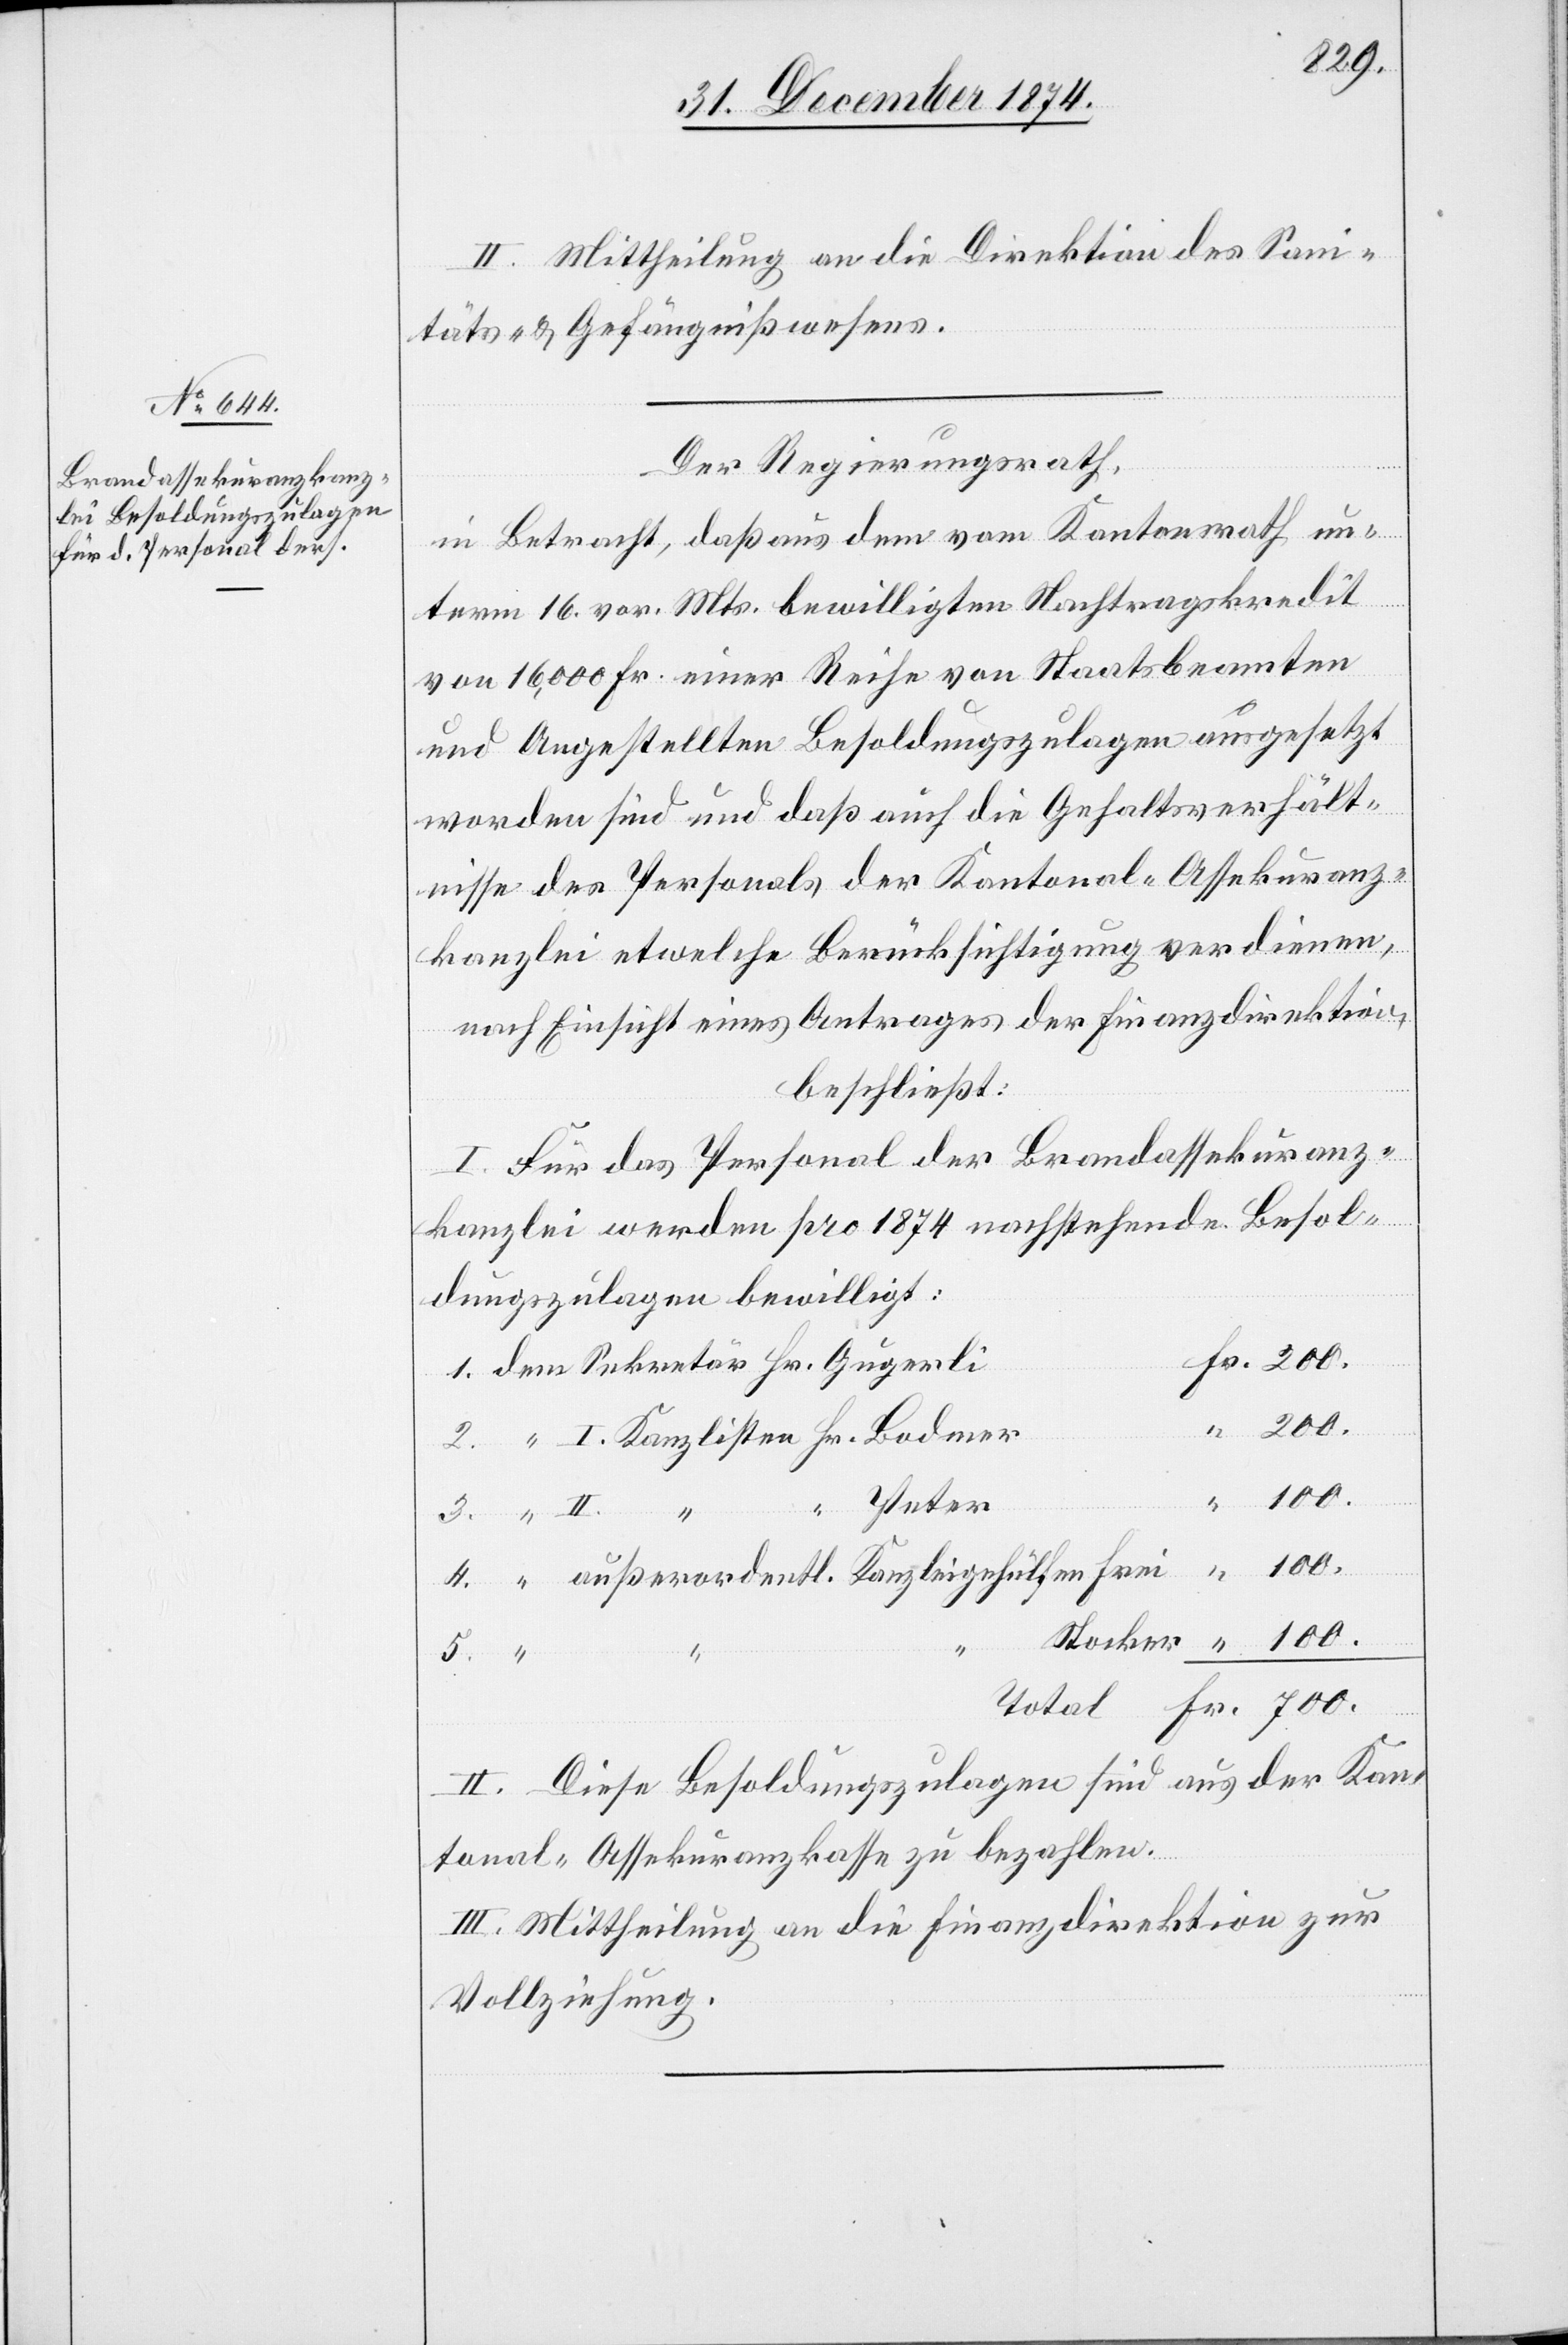
II. Mittheilung an die Direktion des Sani¬
täts- & Gefängnißwesens.
Der Regierungsrath,
in Betracht, daß aus dem vom Kantonsrath un¬
term 16. vor. Mts. bewilligten Nachtragskredit
von 16,000 Fr. einer Reihe von Staatsbeamten
und Angestellten Besoldungszulagen ausgesetzt
worden sind und daß auch die Gehaltsverhält¬
nisse des Personals der Kantonal-Assekuranz¬
kanzlei etwelche Berücksichtigung verdienen,
nach Einsicht eines Antrages der Finanzdirektion,
beschließt:
I. Für das Personal der Brandassekuranz¬
kanzlei werden pro 1874 nachstehende Besol¬
dungszulagen bewilligt:
700.
Stocker
Fr.
5.
II. Diese Besoldungszulagen sind aus der Kan¬
tonal-Assekuranzkasse zu bezahlen.
III. Mittheilung an die Finanzdirektion zur
Vollziehung.